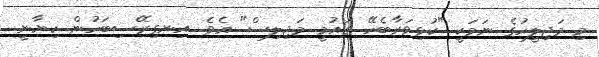
މި މަޖިލީހުގެ ނަމަކީ "ކުޅިވަރާބެހޭ ޤައުމީ މަޖިލިސް" އެވެ. އިނގިރޭސިބަހުން ކިޔާނީ